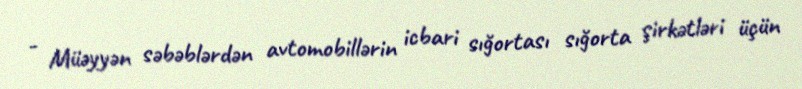
- Müəyyən səbəblərdən avtomobillərin icbari sığortası sığorta şirkətləri üçün